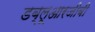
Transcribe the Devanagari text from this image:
डब्लूआरजीबी